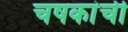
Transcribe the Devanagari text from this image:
चषकांची